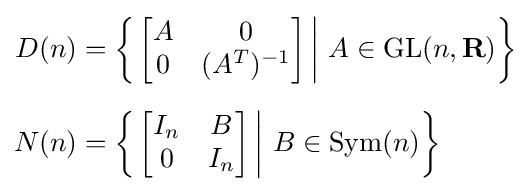
{\begin{aligned}D(n)&=\left\{\left.{\begin{bmatrix}A&0\\0&(A^{T})^{-1}\end{bmatrix}}\,\right|\,A\in \operatorname {GL} (n,\mathbf {R} )\right\}\\[6pt]N(n)&=\left\{\left.{\begin{bmatrix}I_{n}&B\\0&I_{n}\end{bmatrix}}\,\right|\,B\in \operatorname {Sym} (n)\right\}\end{aligned}}